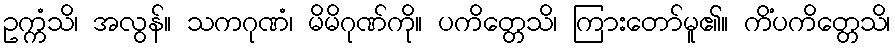
ဥက္ကံသိ၊ အလွန်။ သကဂုဏံ၊ မိမိဂုဏ်ကို။ ပကိတ္တေသိ၊ ကြားတော်မူ၏။ ကိံပကိတ္တေသိ၊